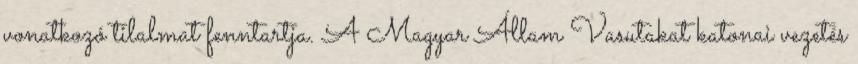
vonatkozó tilalmat fenntartja. A Magyar Állam Vasutakat katonai vezetés